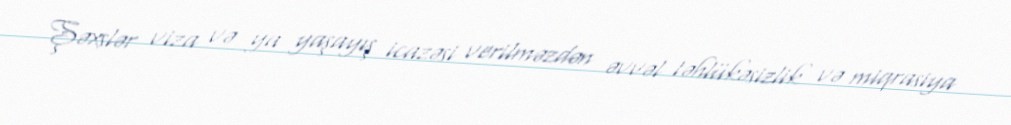
Şəxslər viza və ya yaşayış icazəsi verilməzdən əvvəl təhlükəsizlik və miqrasiya